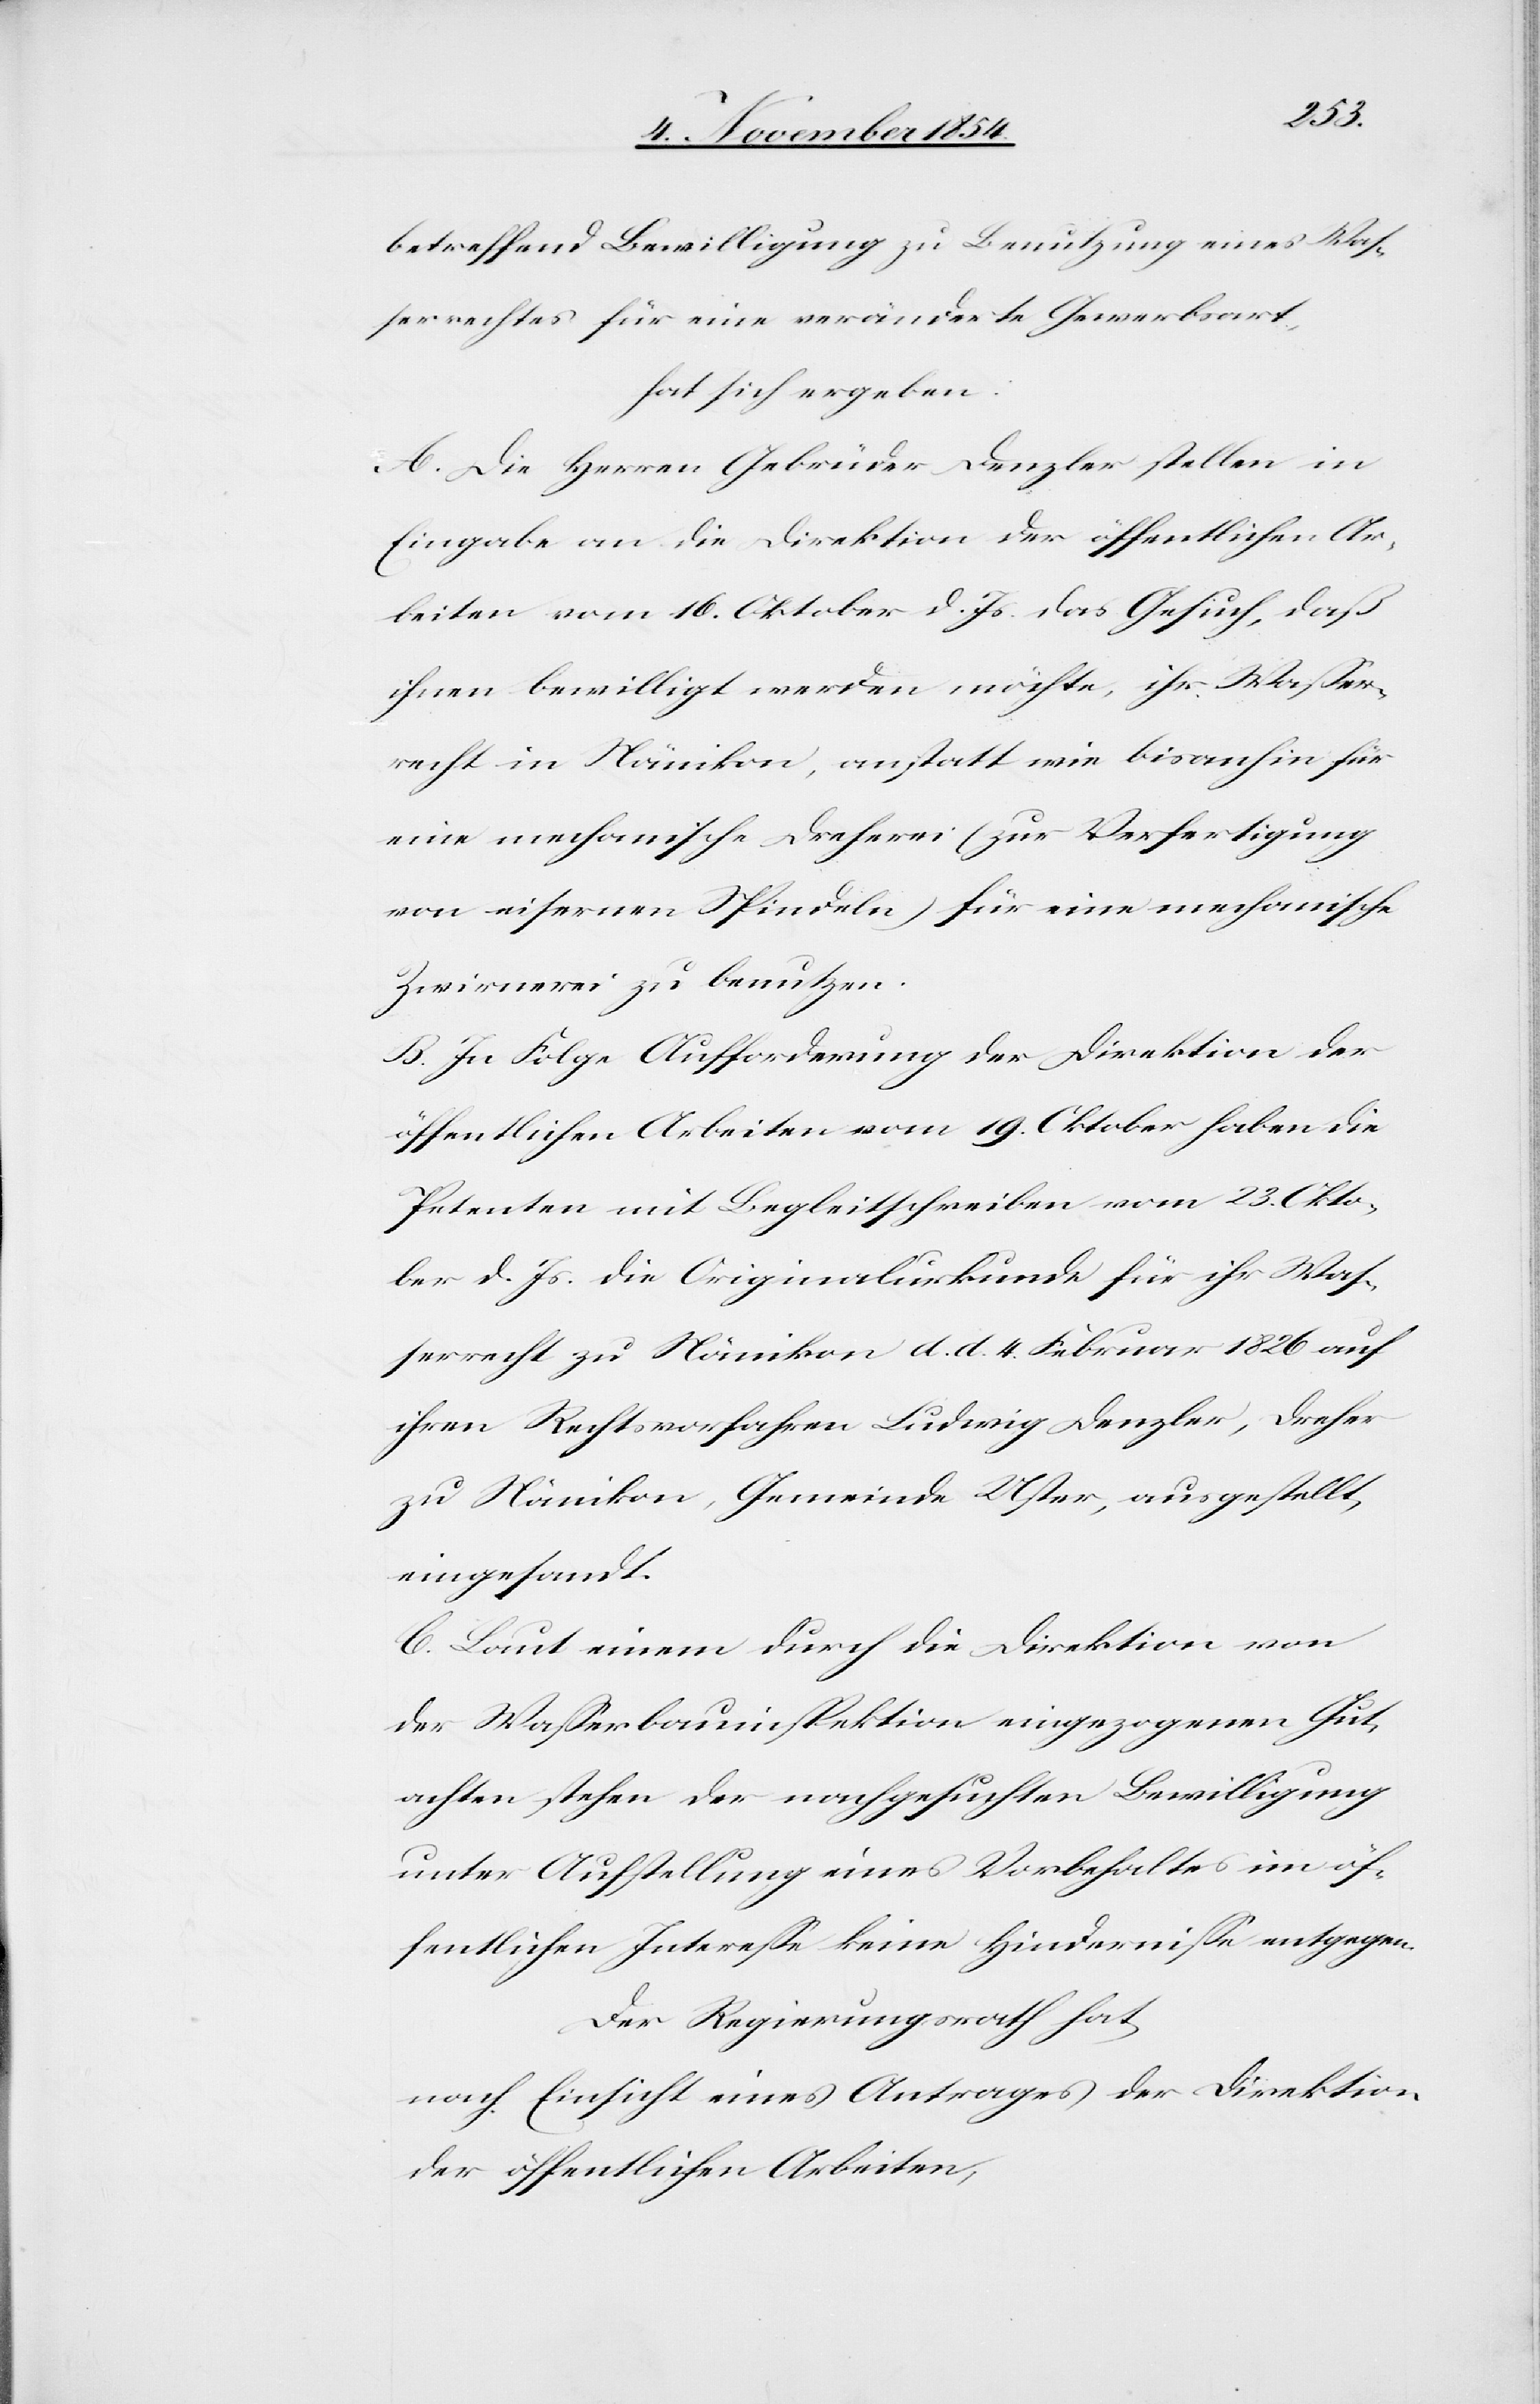
betreffend Bewilligung zu Benutzung eines Waß¬
errechtes für eine veränderte Gewerbsart,
hat sich ergeben:
A. Die Herren Gebrüder Denzler stellen in
Eingabe an die Direktion der öffentlichen Ar¬
beiten vom 16. Oktober d. Js. das Gesuch, daß
ihnen bewilligt werden möchte, ihr Waßer¬
recht in Nänikon, anstatt wie bisanhin für
eine mechanische Dreherei (zur Verfertigung
von eisernen Spindeln) für eine mechanische
Zwirnerei zu benutzen.
B. In Folge Aufforderung der Direktion der
öffentlichen Arbeiten vom 19. Oktober haben die
Petenten mit Begleitschreiben vom 23. Okto¬
ber d. Js. die Originalurkunde für ihr Waß¬
errecht zu Nänikon d. d. 4. Februar 1826 auf
ihren Rechtsvorfahren Ludwig Denzler, Dreher
zu Nänikon, Gemeinde Uster, ausgestellt,
eingesandt.
C. Laut einem durch die Direktion von
der Waßerbauinspektion eingezogenen Gut¬
achten stehen der nachgesuchten Bewilligung
unter Aufstellung eines Vorbehaltes im öf¬
fentlichen Intereße keine Hinderniße entgegen.
Der Regierungsrath hat
nach Einsicht eines Antrages der Direktion
der öffentlichen Arbeiten,